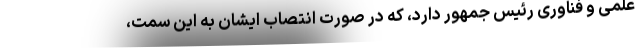
علمی و فناوری رئیس جمهور دارد، که در صورت انتصاب ایشان به این سمت،